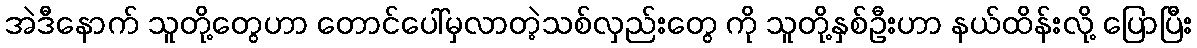
အဲဒီနောက် သူတို့တွေဟာ တောင်ပေါ်မှလာတဲ့သစ်လှည်းတွေ ကို သူတို့နှစ်ဦးဟာ နယ်ထိန်းလို့ ပြောပြီး